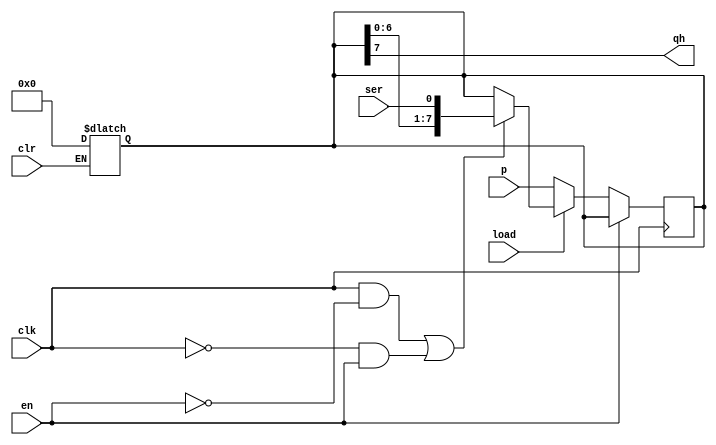
module sn74ls166(qh, clr, clk, en, load, ser, p);
input clr, clk, en, load, ser;
input [7:0] p;
output qh;
reg [7:0] shifter;

parameter
	tPLH_min=5, tPLH_typ=11, tPLH_max=20, // worst case
	tPHL_min=7, tPHL_typ=14, tPHL_max=25;

always @(clr)
begin
	if (clr==0) begin
		shifter <= 0;
	end
end

always @(posedge clk)
begin
	if (en==0) begin
		if (load==1) begin
			if ((clk==1 && en==0) || (clk==0 && en==1)) begin
				shifter <= { shifter[6:0], ser };
			end
		end else begin
			shifter <= p;
		end
	end
end

assign #(tPLH_min:tPLH_typ:tPLH_max, tPHL_min:tPHL_typ:tPHL_max)
	qh = shifter[7];

endmodule